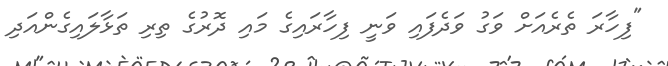
"ފިހާރަ ތެރެއަށް ވަގު ވަދެފައި ވަނީ ފިހާރައިގެ މައި ދޮރުގެ ތިރި ތަޅާލައިގެންއަދި